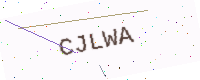
Text: CJLWA